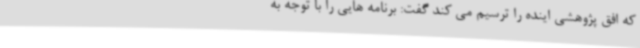
که افق پژوهشی اینده را ترسیم می کند گفت: برنامه هایی را با توجه به